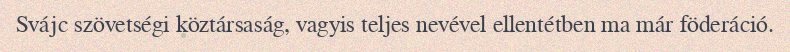
Svájc szövetségi köztársaság, vagyis teljes nevével ellentétben ma már föderáció.